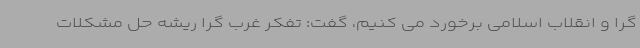
گرا و انقلاب اسلامی برخورد می کنیم، گفت: تفکر غرب گرا ریشه حل مشکلات